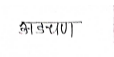
मजकूर: अडचण